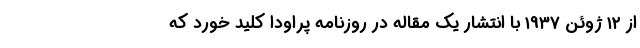
از ۱۲ ژوئن ۱9۳۷ با انتشار یک مقاله در روزنامه پراودا کلید خورد که